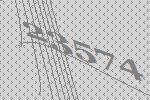
23574